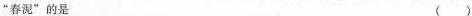
”春泥”的是 ( )